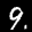
Label: 9